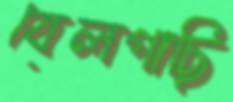
বেলগাছি